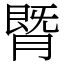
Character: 䐴